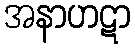
အနာဟဋာ